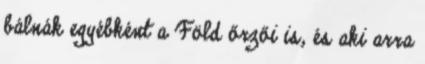
bálnák egyébként a Föld őrzői is, és aki arra